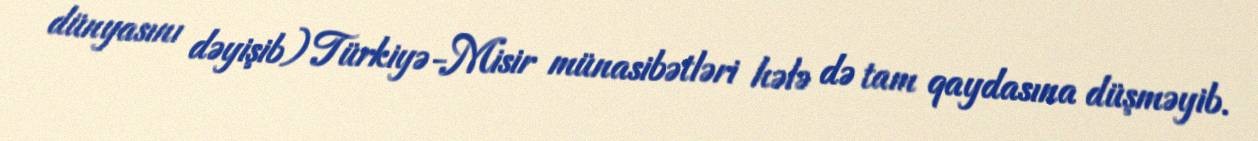
dünyasını dəyişib) Türkiyə-Misir münasibətləri hələ də tam qaydasına düşməyib.